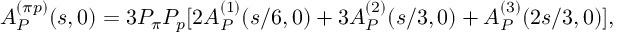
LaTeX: A _ { \cal P } ^ { ( \pi p ) } ( s , 0 ) = 3 P _ { \pi } P _ { p } [ 2 A _ { \cal P } ^ { ( 1 ) } ( s / 6 , 0 ) + 3 A _ { \cal P } ^ { ( 2 ) } ( s / 3 , 0 ) + A _ { \cal P } ^ { ( 3 ) } ( 2 s / 3 , 0 ) ] ,